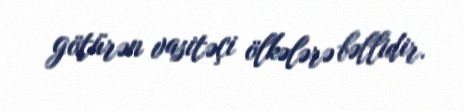
götürən vasitəçi ölkələrə bəllidir.